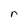
Character: r